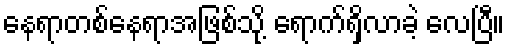
နေရာတစ်နေရာအဖြစ်သို့ ရောက်ရှိလာခဲ့ လေပြီ။